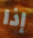
إذا